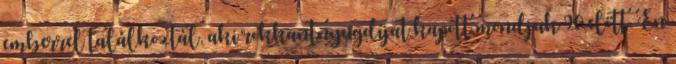
emberrel találkoztál, aki rokkantnyugdíjat kapott mondjuk 90 előtt. Én